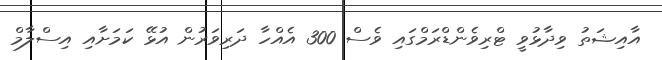
އާއިޝަތު ވިދާޅުވީ ޓްރިވެންޑްރަމްގައި ވެސް 300 އެއްހާ ދަރިވަރުން އުޅޭ ކަމަށާއި އިސްލާމް